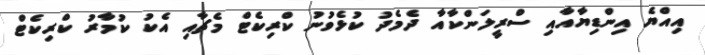
އިއްޔެ އިންޑިޔާއާއި ސްރީލަންކާއާ ދެމެދު ކުޅެވުނު ކްރިކެޓް މެޗާއި އެކު ކުމާރު ކްރިކެޓް